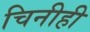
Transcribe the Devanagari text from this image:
चिनीही